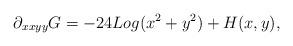
LaTeX: \begin{align*} \partial_{xxyy} G=-24Log(x^2+y^2)+H(x,y),\end{align*}